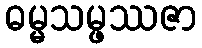
ဓမ္မသမ္ဖဿဇာ